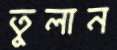
তুলান